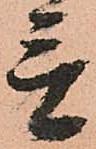
言